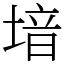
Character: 堷